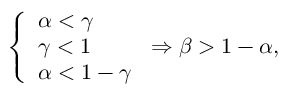
\begin{array} { r } { \left\{ \begin{array} { l l } { \alpha < \gamma } \\ { \gamma < 1 } \\ { \alpha < 1 - \gamma } \end{array} \right. \Rightarrow \beta > 1 - \alpha , } \end{array}